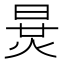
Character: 𣇪